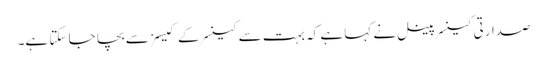
صدارتی کینسر پینل نے کہا ہے کہ بہت سے کینسر کے کیسز سے بچا جا سکتا ہے۔